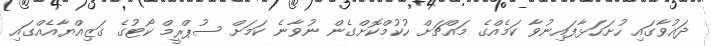
ދައުވާގައި ހުށަހަޅާފައިނުވާ ކަމެއްގެ މައްޗަށް ހުކުމްކޮށްގެން ނުވާނެ ކަމަށް ސުޕްރީމް ކޯޓުގެ ގަޒިއްޔާއެއްގައި